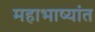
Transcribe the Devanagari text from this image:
महाभाष्यांत